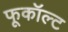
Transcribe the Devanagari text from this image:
फूकॉल्ट